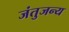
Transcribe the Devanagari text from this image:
जंतुजन्य